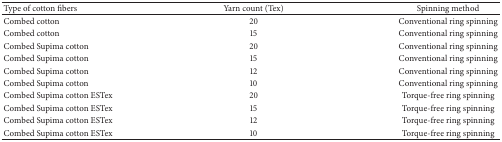
| Type of cotton fibers | Yarn count (Tex) | Spinning method |
 | --- | --- | --- |
 | Combed cotton | 20 | Conventional ring spinning |
 | Combed cotton | 15 | Conventional ring spinning |
 | Combed Supima cotton | 20 | Conventional ring spinning |
 | Combed Supima cotton | 15 | Conventional ring spinning |
 | Combed Supima cotton | 12 | Conventional ring spinning |
 | Combed Supima cotton | 10 | Conventional ring spinning |
 | Combed Supima cotton ESTex | 20 | Torque-free ring spinning |
 | Combed Supima cotton ESTex | 15 | Torque-free ring spinning |
 | Combed Supima cotton ESTex | 12 | Torque-free ring spinning |
 | Combed Supima cotton ESTex | 10 | Torque-free ring spinning |